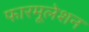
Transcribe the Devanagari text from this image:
फारमूलेशन